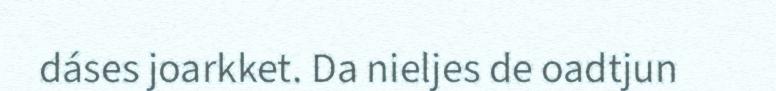
dáses joarkket. Da nieljes de oadtjun